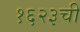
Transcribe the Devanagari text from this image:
१६२३ची